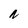
Character: N